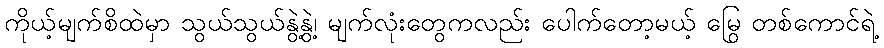
ကိုယ့်မျက်စိထဲမှာ သွယ်သွယ်နွဲ့နွဲ့၊ မျက်လုံးတွေကလည်း ပေါက်တော့မယ့် မြွေ တစ်ကောင်ရဲ့